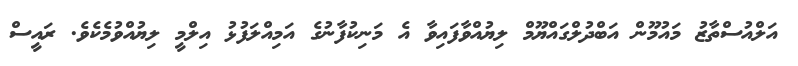
އަލްއުސްތާޒު މައުމޫން އަބްދުލްގައްޔޫމް ލިޔުއްވާފައިވާ އެ މަނިކުފާނުގެ އަމިއްލަފުޅު އިލްމީ ލިޔުއްވުމެކެވެ. ރައީސް